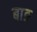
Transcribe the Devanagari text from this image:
बाङ